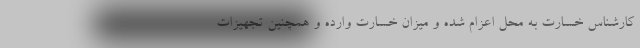
کارشناس خسارت به محل اعزام شده و میزان خسارت وارده و همچنین تجهیزات